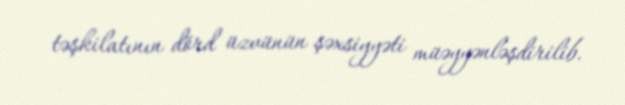
təşkilatının dörd üzvünün şəxsiyyəti müəyyənləşdirilib.